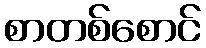
စာတစ်စောင်